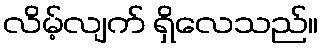
လိမ့်လျက် ရှိလေသည်။